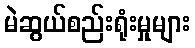
မဲဆွယ်စည်းရုံးမှုများ